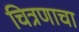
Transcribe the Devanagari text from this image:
चित्रणाचा